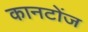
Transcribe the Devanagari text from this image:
कानटोंज